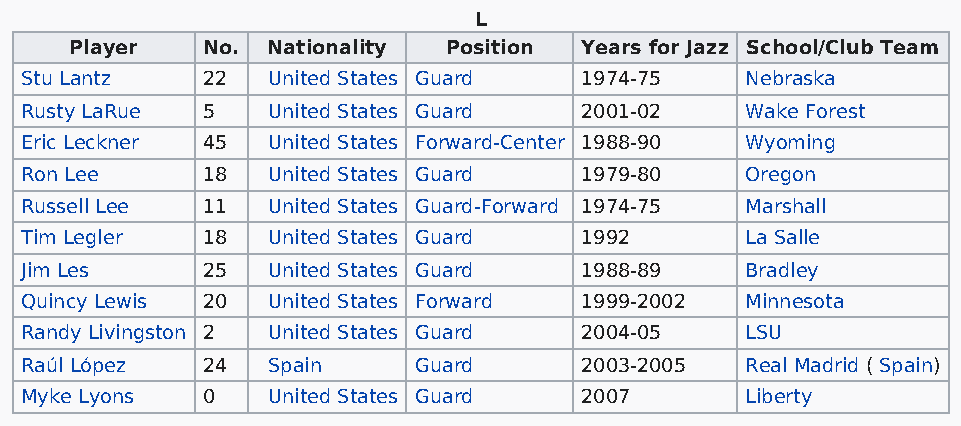
L
 Player  No.  Nationality Position Years for Jazz School/Club Team
 Stu Lantz   22   United States Guard 1974-75    Nebraska
 Rusty LaRue 5    United States Guard 2001-02    Wake Forest
 Eric Leckner 45  United States Forward-Center 1988-90 Wyoming
 Ron Lee     18   United States Guard 1979-80    Oregon
 Russell Lee 11   United States Guard-Forward 1974-75 Marshall
 Tim Legler  18   United States Guard 1992       La Salle
 Jim Les     25   United States Guard 1988-89    Bradley
 Quincy Lewis 20  United States Forward 1999-2002 Minnesota
 Randy Livingston 2 United States Guard 2004-05  LSU
 Raúl López  24   Spain    Guard      2003-2005  Real Madrid ( Spain)
 Myke Lyons  0    United States Guard 2007       Liberty